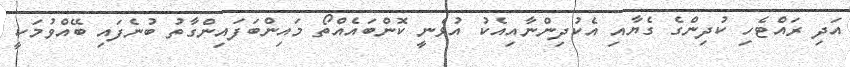
އަދި ރައްޓެހި ކުދިންގެ ގެޔާއި އެކުދިންނާއިއެކު އުޅެނީ ކޮންބައެއްތޯ މައިންބަފައިންގާތު ބުނެފައި ބޭއްވުމަކީ